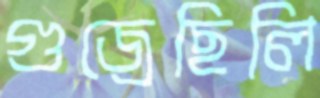
গুজ্‌রেছিলি